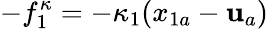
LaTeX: -f_{1}^{\kappa}=-\kappa_{1}(x_{1a}-\mathbf{u}_{a})